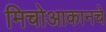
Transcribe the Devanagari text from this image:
मिचोआकानचे